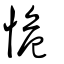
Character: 恑